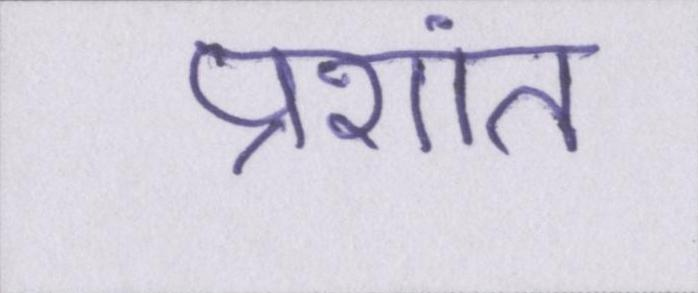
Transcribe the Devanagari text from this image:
प्रशांत